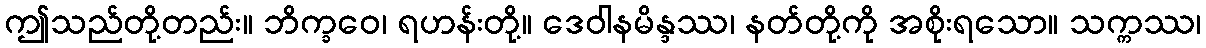
ဤသည်တို့တည်း။ ဘိက္ခဝေ၊ ရဟန်းတို့။ ဒေဝါနမိန္ဒဿ၊ နတ်တို့ကို အစိုးရသော။ သက္ကဿ၊